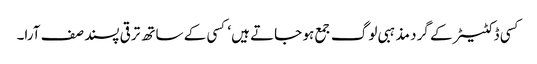
کسی ڈکٹیٹر کے گرد مذہبی لوگ جمع ہو جاتے ہیں‘ کسی کے ساتھ ترقی پسند صف آرا۔